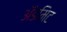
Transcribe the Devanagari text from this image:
ॲडमिट